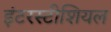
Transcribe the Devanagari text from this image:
इंटरस्टीशियल